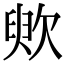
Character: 𣢧